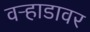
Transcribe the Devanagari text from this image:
वऱ्हाडावर